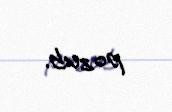
pozub.